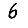
Digit: 6